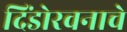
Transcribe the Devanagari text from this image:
दिंडोरवनाचे